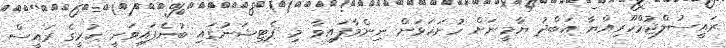
ރައީސުލްޖުމްހޫރިއްޔާ އަބްދު ޔާމީނަށް ހުށަހަޅަން ނިންމާފައިވާ މި ޕެޓިޝަނުގައި ބުނެފައިވަނީ ކުރީގެ ރައީސް